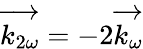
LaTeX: {\overrightarrow{{k}_{2\omega}}}=-2{\overrightarrow{{k}_{\omega}}}